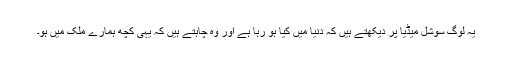
یہ لوگ سوشل میڈیا پر دیکھتے ہیں کہ دنیا میں کیا ہو رہا ہے اور وہ چاہتے ہیں کہ یہی کچھ ہمارے ملک میں ہو۔